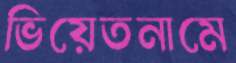
ভিয়েতনামে